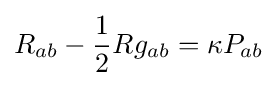
R_{ab}-{\frac {1}{2}}Rg_{ab}=\kappa P_{ab}